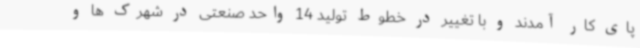
پای کار آمدند و با تغییر در خطوط تولید 14 واحد صنعتی در شهرک ها و